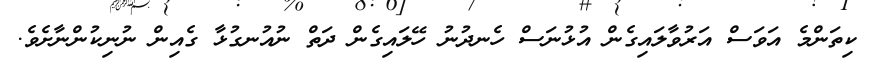
ކިތަންމެ އަވަސް އަރުވާލައިގެން އުޅުނަސް ހެނދުނު ހޭލައިގެން ދަތް ނުއުނގުޅާ ގެއިން ނުނިކުންނާށެވެ.